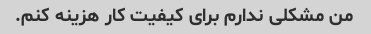
من مشکلی ندارم برای کیفیت کار هزینه کنم.